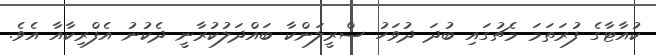
ކުއާޓާގެ ފުރަތަމަ މެޗުގައި ބުދަ ދުވަހު ސްރީލަންކާ ބައްދަލުކުރާނީ ދެކުނު އެފްރިކާއާ އެވެ.